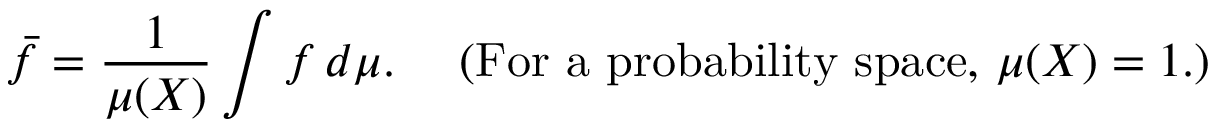
{ \bar { f } } = { \frac { 1 } { \mu ( X ) } } \int f \, d \mu . \quad { \mathrm { ~ ( F o r ~ a ~ p r o b a b i l i t y ~ s p a c e , ~ } } \mu ( X ) = 1 . )